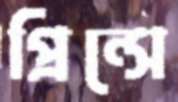
প্রিন্সে